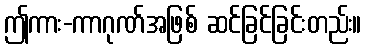
ဤကား-ကာဂုဏ်အဖြစ် ဆင်ခြင်ခြင်းတည်း။